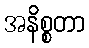
အနိစ္စတာ